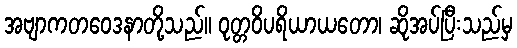
အဗျာကတဝေဒနာတို့သည်။ ဝုတ္တဝိပရိယာယတော၊ ဆိုအပ်ပြီးသည်မှ